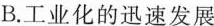
B.工业化的迅速发展